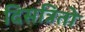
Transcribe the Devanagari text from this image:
दिसत्रितो